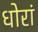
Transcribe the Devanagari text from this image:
धोरां